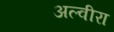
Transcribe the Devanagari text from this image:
अल्वीरा